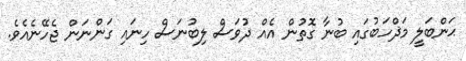
ޙަންބަލީ މަޛްހަބުގައި ބުނާ ގޮތުން އެއް ދުވަސް ލިބުނަސް ހިނައި ގަންނަން ޖެހޭނެއެވެ.